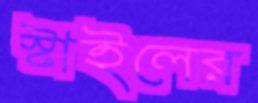
স্টাইলের